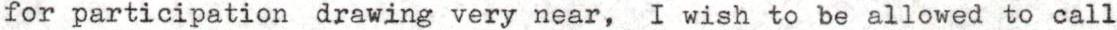
for participation drawing very near, I wish to be allowed to call